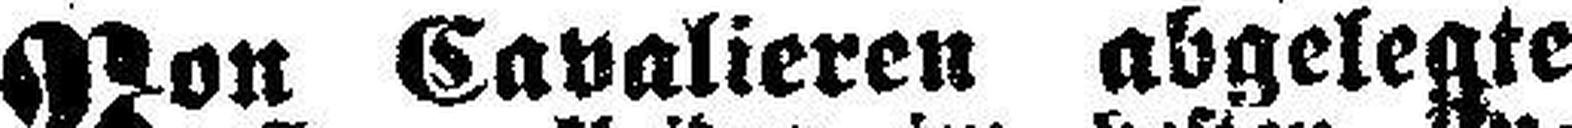
Von Cavalieren abgelegte